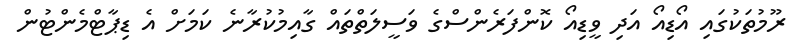
ރޫމުތަކުގައި އޯޑިއޯ އަދި ވީޑިއޯ ކޮންފަރެންސްގެ ވަސީލަތްތައް ގާއިމުކުރާނެ ކަމަށް އެ ޑިޕާޓްމެންޓުން